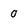
Character: 0